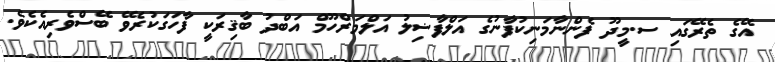
އޭގެ ތެރޭގައި ސ.މީދޫ ފެންނާމަނިކުފާނުގެ އަލްފާޟިލު އަލްމަރްހޫމް އަބްދު ބާޤިރަކީ ފާހަގަކުރެވޭ ބޭސްވެރިއެކެވެ.